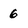
Character: 6